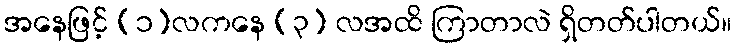
အနေဖြင့် (၁)လကနေ (၃) လအထိ ကြာတာလဲ ရှိတတ်ပါတယ်။